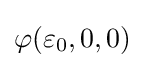
\varphi (\varepsilon _{0},0,0)